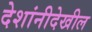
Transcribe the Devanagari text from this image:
देशांनीदेखील